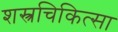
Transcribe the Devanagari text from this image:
शस्त्रचिकित्सा